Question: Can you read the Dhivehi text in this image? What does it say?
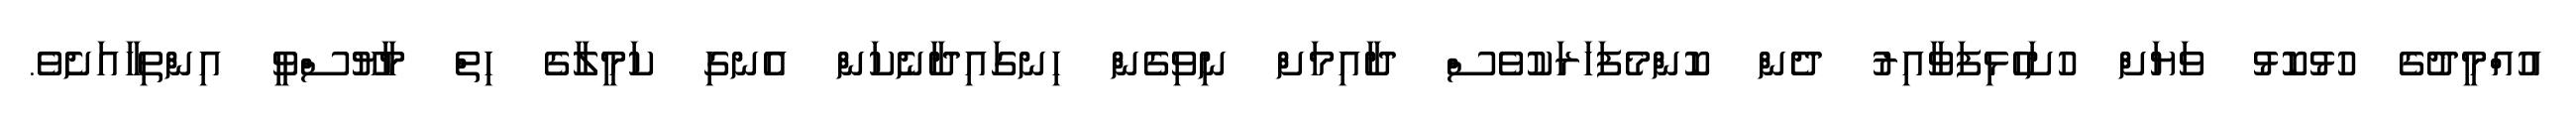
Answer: އުއްމީދުގެ ހުޅުކޮޅު ވަޔަށް ހުށަހެޅިފަވާއިރު ދެން ކޮންމެފަހަރަކުވެސް ދާއިމަށް ނިވިގެން ހިނގައިދާނެކަން އެނގި ކަމީލާގެ ހިތް މާޔޫސްވީ އިންތިހާއަށެވެ.